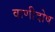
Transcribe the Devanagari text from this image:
वाणीदोष